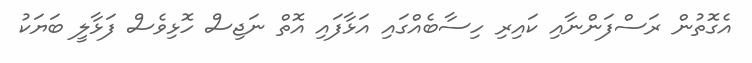
އެގޮތުން ރަސްފަންނާއި ކައިރި ހިސާބެއްގައި އަޅާފައި އޮތް ނަޖިސް ހޮޅިވެސް ފަޅާލީ ބަޔަކު